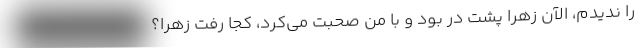
را ندیدم، الآن زهرا پشت در بود و با من صحبت می‌کرد، کجا رفت زهرا؟